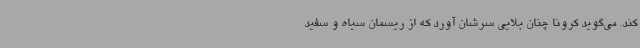
کند. می‌گوید کرونا چنان بلایی سرشان آورد که از ریسمان سیاه و سفید